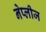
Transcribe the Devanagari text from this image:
नेप्लीज